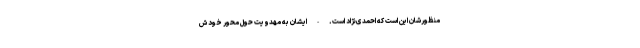
منظورشان این است که احمدی‌نژاد است. - ایشان به مهدویت حول محور خودش